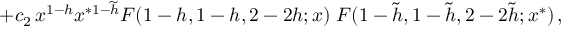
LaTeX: + c _ { 2 } \, x ^ { 1 - h } x ^ { * 1 - \widetilde { h } } F ( 1 - h , 1 - h , 2 - 2 h ; x ) \; F ( 1 - \widetilde { h } , 1 - \widetilde { h } , 2 - 2 \widetilde { h } ; x ^ { * } ) \, ,